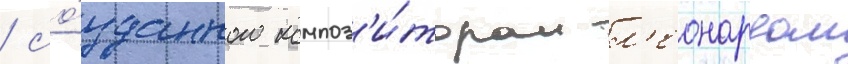
/ со́зданного композ'и́тором л'еонардом